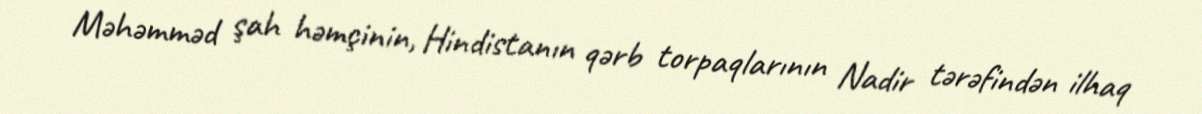
Məhəmməd şah həmçinin, Hindistanın qərb torpaqlarının Nadir tərəfindən ilhaq